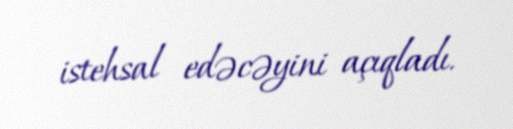
istehsal edəcəyini açıqladı.